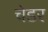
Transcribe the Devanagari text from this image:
चेडर